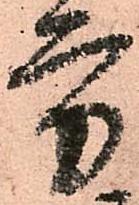
方